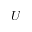
\boldsymbol { U }